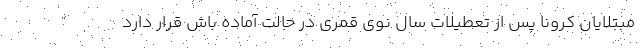
مبتلایان کرونا پس از تعطیلات سال نوی قمری در حالت آماده باش قرار دارد